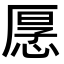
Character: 𭝡